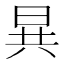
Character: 𮲡